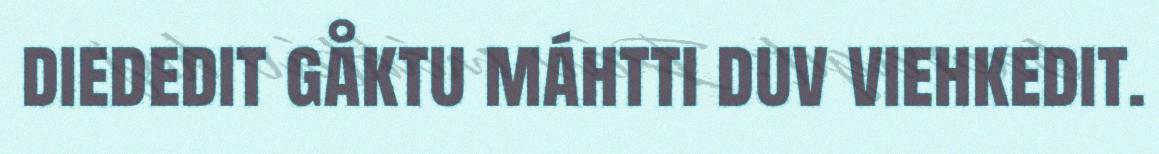
diededit gåktu máhtti duv viehkedit.